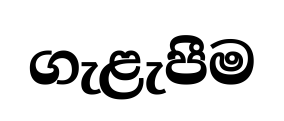
ගැළැපීම